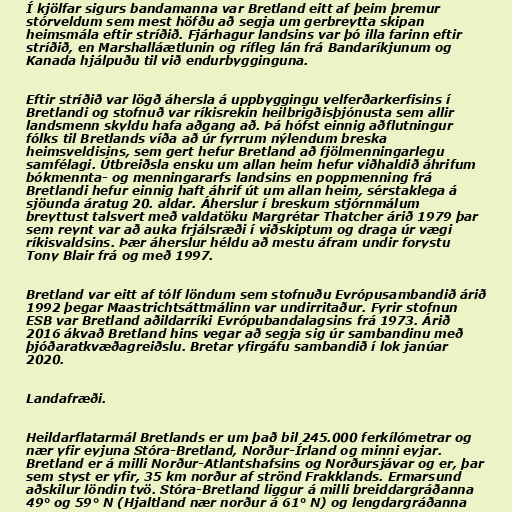
Í kjölfar sigurs bandamanna var Bretland eitt af þeim þremur
stórveldum sem mest höfðu að segja um gerbreytta skipan
heimsmála eftir stríðið. Fjárhagur landsins var þó illa farinn eftir
stríðið, en Marshalláætlunin og rífleg lán frá Bandaríkjunum og
Kanada hjálpuðu til við endurbygginguna.

Eftir stríðið var lögð áhersla á uppbyggingu velferðarkerfisins í
Bretlandi og stofnuð var ríkisrekin heilbrigðisþjónusta sem allir
landsmenn skyldu hafa aðgang að. Þá hófst einnig aðflutningur
fólks til Bretlands víða að úr fyrrum nýlendum breska
heimsveldisins, sem gert hefur Bretland að fjölmenningarlegu
samfélagi. Útbreiðsla ensku um allan heim hefur viðhaldið áhrifum
bókmennta- og menningararfs landsins en poppmenning frá
Bretlandi hefur einnig haft áhrif út um allan heim, sérstaklega á
sjöunda áratug 20. aldar. Áherslur í breskum stjórnmálum
breyttust talsvert með valdatöku Margrétar Thatcher árið 1979 þar
sem reynt var að auka frjálsræði í viðskiptum og draga úr vægi
ríkisvaldsins. Þær áherslur héldu að mestu áfram undir forystu
Tony Blair frá og með 1997.

Bretland var eitt af tólf löndum sem stofnuðu Evrópusambandið árið
1992 þegar Maastrichtsáttmálinn var undirritaður. Fyrir stofnun
ESB var Bretland aðildarríki Evrópubandalagsins frá 1973. Árið
2016 ákvað Bretland hins vegar að segja sig úr sambandinu með
þjóðaratkvæðagreiðslu. Bretar yfirgáfu sambandið í lok janúar
2020.

Landafræði.

Heildarflatarmál Bretlands er um það bil 245.000 ferkílómetrar og
nær yfir eyjuna Stóra-Bretland, Norður-Írland og minni eyjar.
Bretland er á milli Norður-Atlantshafsins og Norðursjávar og er, þar
sem styst er yfir, 35 km norður af strönd Frakklands. Ermarsund
aðskilur löndin tvö. Stóra-Bretland liggur á milli breiddargráðanna
49° og 59° N (Hjaltland nær norður á 61° N) og lengdargráðanna